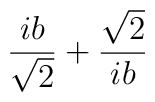
\frac{i b}{\sqrt{2}} + \frac{\sqrt{2}}{i b}